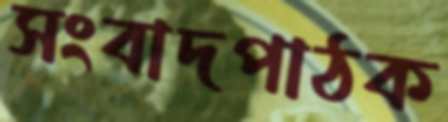
সংবাদপাঠক